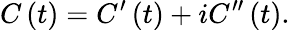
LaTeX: C\left(t\right)=C^{\prime}\left(t\right)+iC^{\prime\prime}\left(t\right).